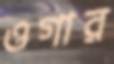
ওগার